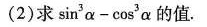
(2)求$$\sin ^ { 3 } α - \cos ^ { 3 } α$$的值.